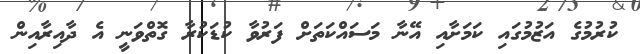
ކުރުމުގެ އަޒުމުގައި ކަމަށާއި އޭނާ މަސައްކަތަށް ފަރުވާ ކުޑަކުރާ ގޮތްވަނީ އެ ދާއިރާއިން